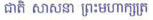
ជាតិ សាសនា ព្រះមហាក្សត្រ